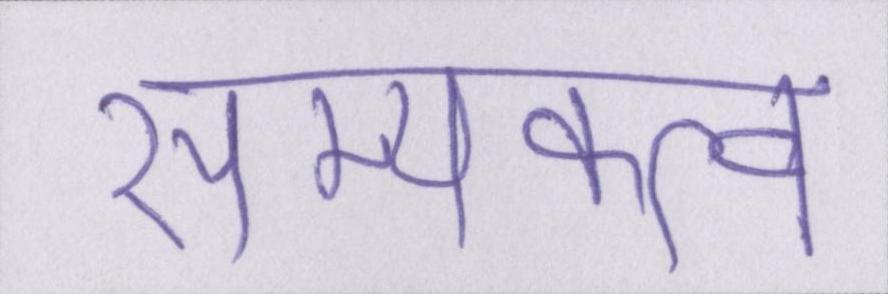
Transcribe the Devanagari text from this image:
सम्यक्त्व